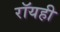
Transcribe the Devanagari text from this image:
रॉयही